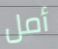
أمل